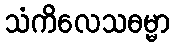
သံကိလေသဓမ္မာ